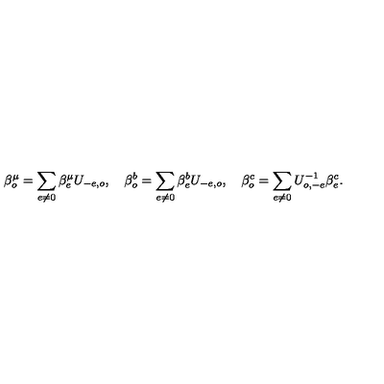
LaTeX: \beta _ { o } ^ { \mu } = \sum _ { e \neq 0 } \beta _ { e } ^ { \mu } U _ { - e , o } , \quad \beta _ { o } ^ { b } = \sum _ { e \neq 0 } \beta _ { e } ^ { b } U _ { - e , o } , \quad \beta _ { o } ^ { c } = \sum _ { e \neq 0 } U _ { o , - e } ^ { - 1 } \beta _ { e } ^ { c } .